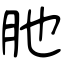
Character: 肔